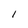
Character: I